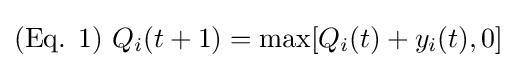
({\text{Eq. }}1){\text{ }}Q_{i}(t+1)=\max[Q_{i}(t)+y_{i}(t),0]